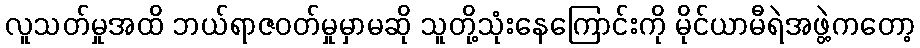
လူသတ်မှုအထိ ဘယ်ရာဇဝတ်မှုမှာမဆို သူတို့သုံးနေကြောင်းကို မိုင်ယာမီရဲအဖွဲ့ကတော့